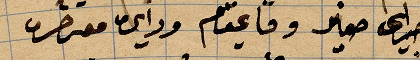
اميراي صغير وقايمقام وادي ...